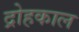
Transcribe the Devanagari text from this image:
द्रोहकाल